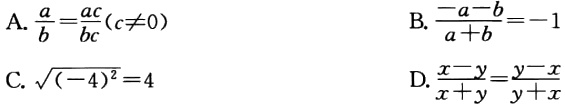
A. $\frac{a}{b}=\frac{ac}{bc}(c\neq0)$

B. $\frac{-a - b}{a + b}=-1$

C. $\sqrt{(-4)^{2}} = 4$

D. $\frac{x - y}{x + y}=\frac{y - x}{y + x}$